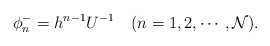
\begin{align*}\phi^-_n=h^{n-1}U^{-1} \quad (n=1,2,\cdots,{\cal N}).\end{align*}